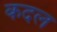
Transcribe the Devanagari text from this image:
कदल